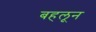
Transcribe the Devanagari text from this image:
बहलून